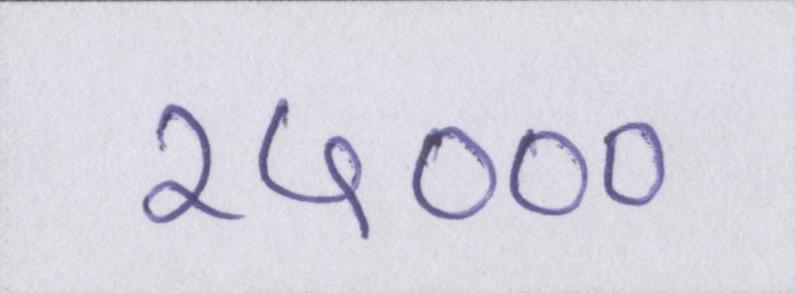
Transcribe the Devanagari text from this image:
२५०००